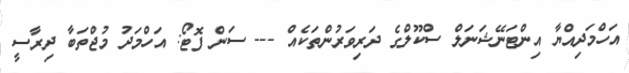
އަހްމަދިއްޔާ އިންޓަނޭޝަނަލް ސްކޫލްގެ ދަރިވަރުންތަކެއް --- ސަން ފޮޓޯ: އަހްމަދު މުޖްތަބާ ދިރާސީ